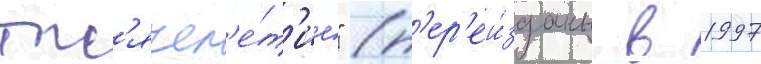
тыс'ячел'е́т'ие" (п'ер'еи́зданы в 1997